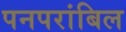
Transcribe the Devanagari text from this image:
पनपरांबिल